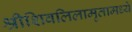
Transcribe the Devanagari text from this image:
श्रीशिवलिलामृतामध्ये